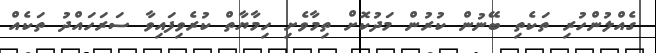
ގެއްލުންހުރި ތަކެތި ބޭނުން ކުރުން މަދުކޮށް ތިމާވެށި ހިމާޔާތް ކުރެވިފައިވާ ސަރަހައްދު ތަކެއް